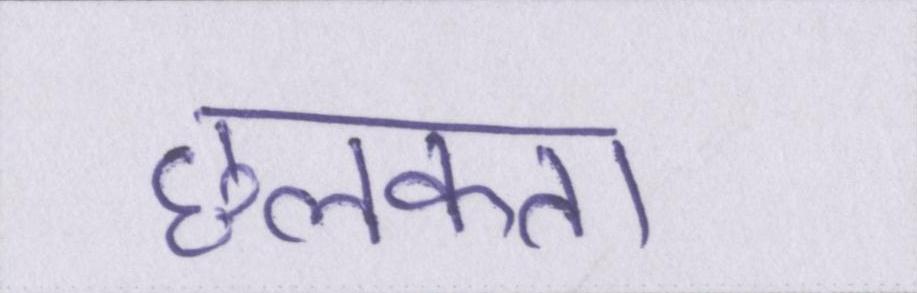
छलकता